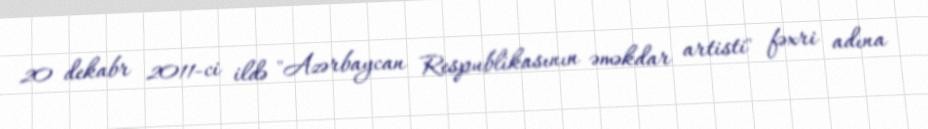
20 dekabr 2011-ci ildə "Azərbaycan Respublikasının əməkdar artisti" fəxri adına